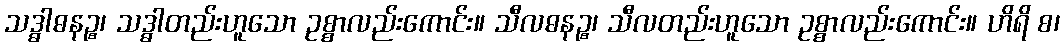
သဒ္ဓါဓနဉ္စ၊ သဒ္ဓါတည်းဟူသော ဥစ္စာလည်းကောင်း။ သီလဓနဉ္စ၊ သီလတည်းဟူသော ဥစ္စာလည်းကောင်း။ ဟိရိ စ၊